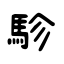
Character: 駗